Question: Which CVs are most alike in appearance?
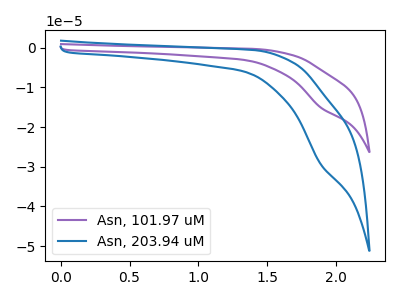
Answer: <think>The purple curve "Asn, 101.97 uM" has a cathodic peak at: (1.90V, -15.05uA). The blue curve "Asn, 203.94 uM" has a cathodic peak at: (1.90V, -29.25uA).
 All the peaks in "Asn, 101.97 uM" have a peak in "Asn, 203.94 uM" at the same potential. Every peak in "Asn, 101.97 uM" is lower than every peak in "Asn, 203.94 uM".</think>
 <answer>"Asn, 203.94 uM" and "Asn, 101.97 uM" have the same shape and are likely CV's of the same chemical.</answer>
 <eval>"Asn, 203.94 uM" "Asn, 101.97 uM"</eval>